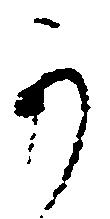
可